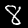
Digit: 8